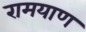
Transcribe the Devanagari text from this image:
रामयाण